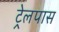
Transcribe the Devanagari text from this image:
ट्रेलपास